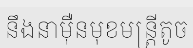
នឹងនាម៉ឺនមុខមន្ត្រីតូច